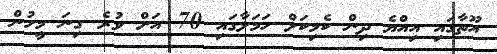
އޫތާގައި އިއްޔެ ދިން ކެމިކަލް ހަމަލާގައި 70 އަށް ވުރެ ގިނަ މީހުން